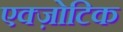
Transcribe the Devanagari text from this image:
एक्ज़ोटिक